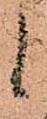
候